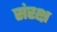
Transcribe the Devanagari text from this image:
संरक्ष